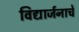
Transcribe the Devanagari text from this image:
विद्यार्जनाचे